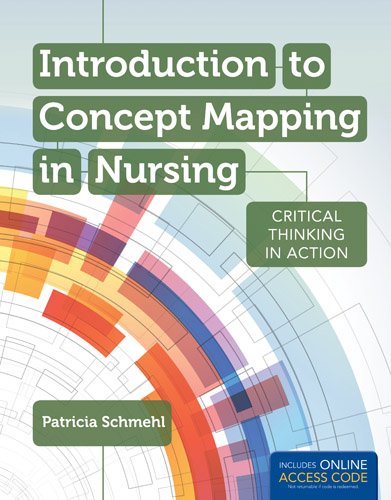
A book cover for Introduction To Concept Mapping In Nursing: Critical Thinking in Action; Patricia Schmehl; Medical Books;